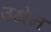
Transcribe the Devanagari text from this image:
उथेन